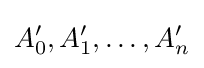
A'_{0},A'_{1},\ldots ,A'_{n}